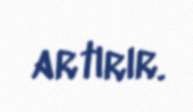
artırır.